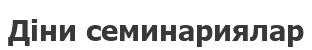
Діни семинариялар